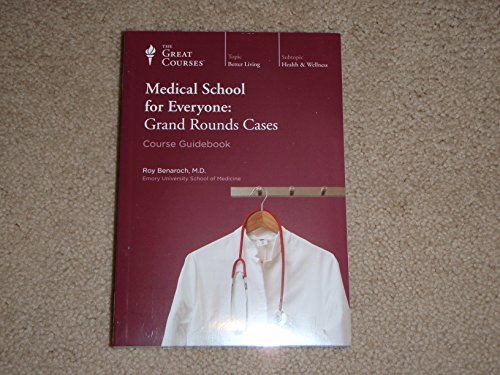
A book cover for Medical School for Everyone: Grand Rounds Cases (Great Courses) (Teaching Company) (Course Number 1977 Audio CD); Dr. Roy Benaroch; Education & Teaching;